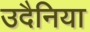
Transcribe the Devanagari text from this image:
उदैनिया